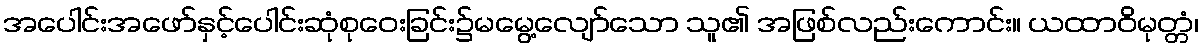
အပေါင်းအဖော်နှင့်ပေါင်းဆုံစုဝေးခြင်း၌မမွေ့လျော်သော သူ၏ အဖြစ်လည်းကောင်း။ ယထာဝိမုတ္တံ၊